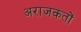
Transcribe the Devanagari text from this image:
अराजकतों